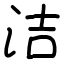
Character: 洁